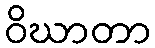
ဝိဃာတာ